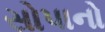
સોપાનો